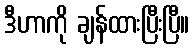
ဒီဟာကို ချန်ထားပြီးပြီ။